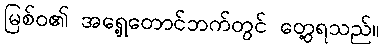
မြစ်ဝ၏ အရှေ့တောင်ဘက်တွင် တွေ့ရသည်။